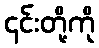
၎င်းတို့ကို